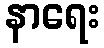
နာရေး